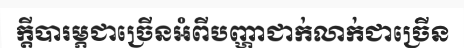
ក្តីបារម្ភជាច្រើនអំពីបញ្ហាជាក់លាក់ជាច្រើន